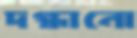
দগ্ধানো